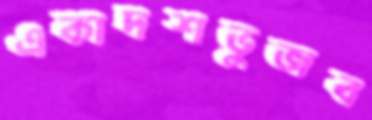
একাদশভুজব